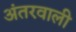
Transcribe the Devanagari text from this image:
अंतरवाली